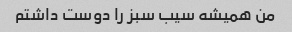
من همیشه سیب سبز را دوست داشتم